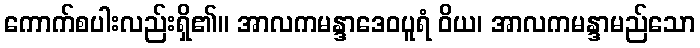
ကောက်စပါးလည်းရှိ၏။ အာလကမန္ဒာဒေဝပူရံ ဝိယ၊ အာလကမန္ဒာမည်သော